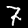
Label: 7